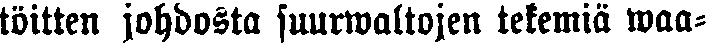
töitten johdosta suurwaltojen tekemiä waa-